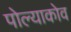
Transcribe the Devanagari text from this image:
पोल्याकोव